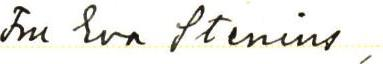
Fru Eva Stenius,